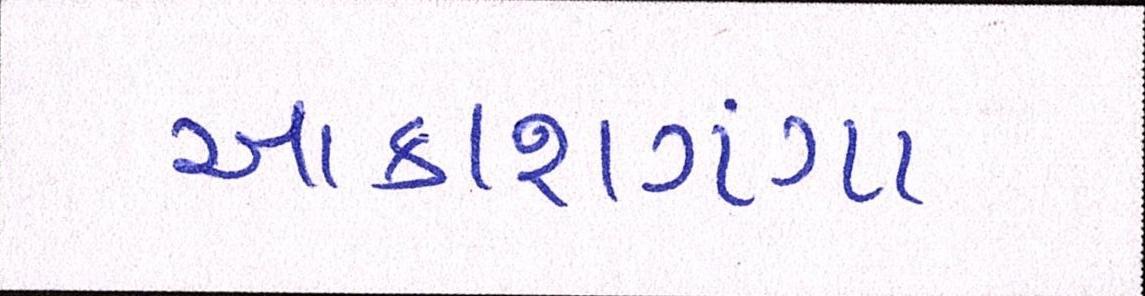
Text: આકાશગંગા